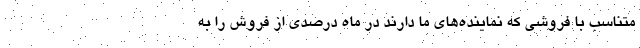
متناسب با فروشی که نماینده‌های ما دارند در ماه درصدی از فروش را به